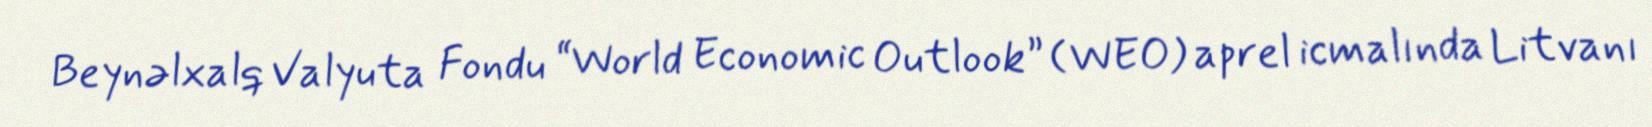
Beynəlxalq Valyuta Fondu “World Economic Outlook” (WEO) aprel icmalında Litvanı